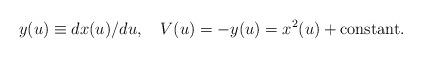
LaTeX: \begin{align*}y(u)\equiv dx(u)/{du},\quad V(u)=-y(u)=x^2(u)+\mbox{constant}. \end{align*}